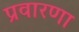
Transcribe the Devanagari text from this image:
प्रवारणा